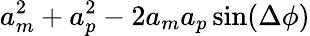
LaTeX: a_{m}^{2}+a_{p}^{2}-2a_{m}a_{p}\sin(\Delta\phi)